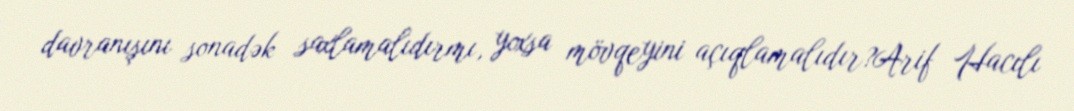
davranışını sonadək saxlamalıdırmı, yoxsa mövqeyini açıqlamalıdır?Arif Hacılı